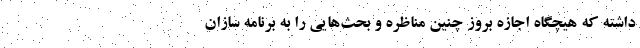
داشته که هیچگاه اجازه بروز چنین مناظره و بحث‌هایی را به برنامه سازان